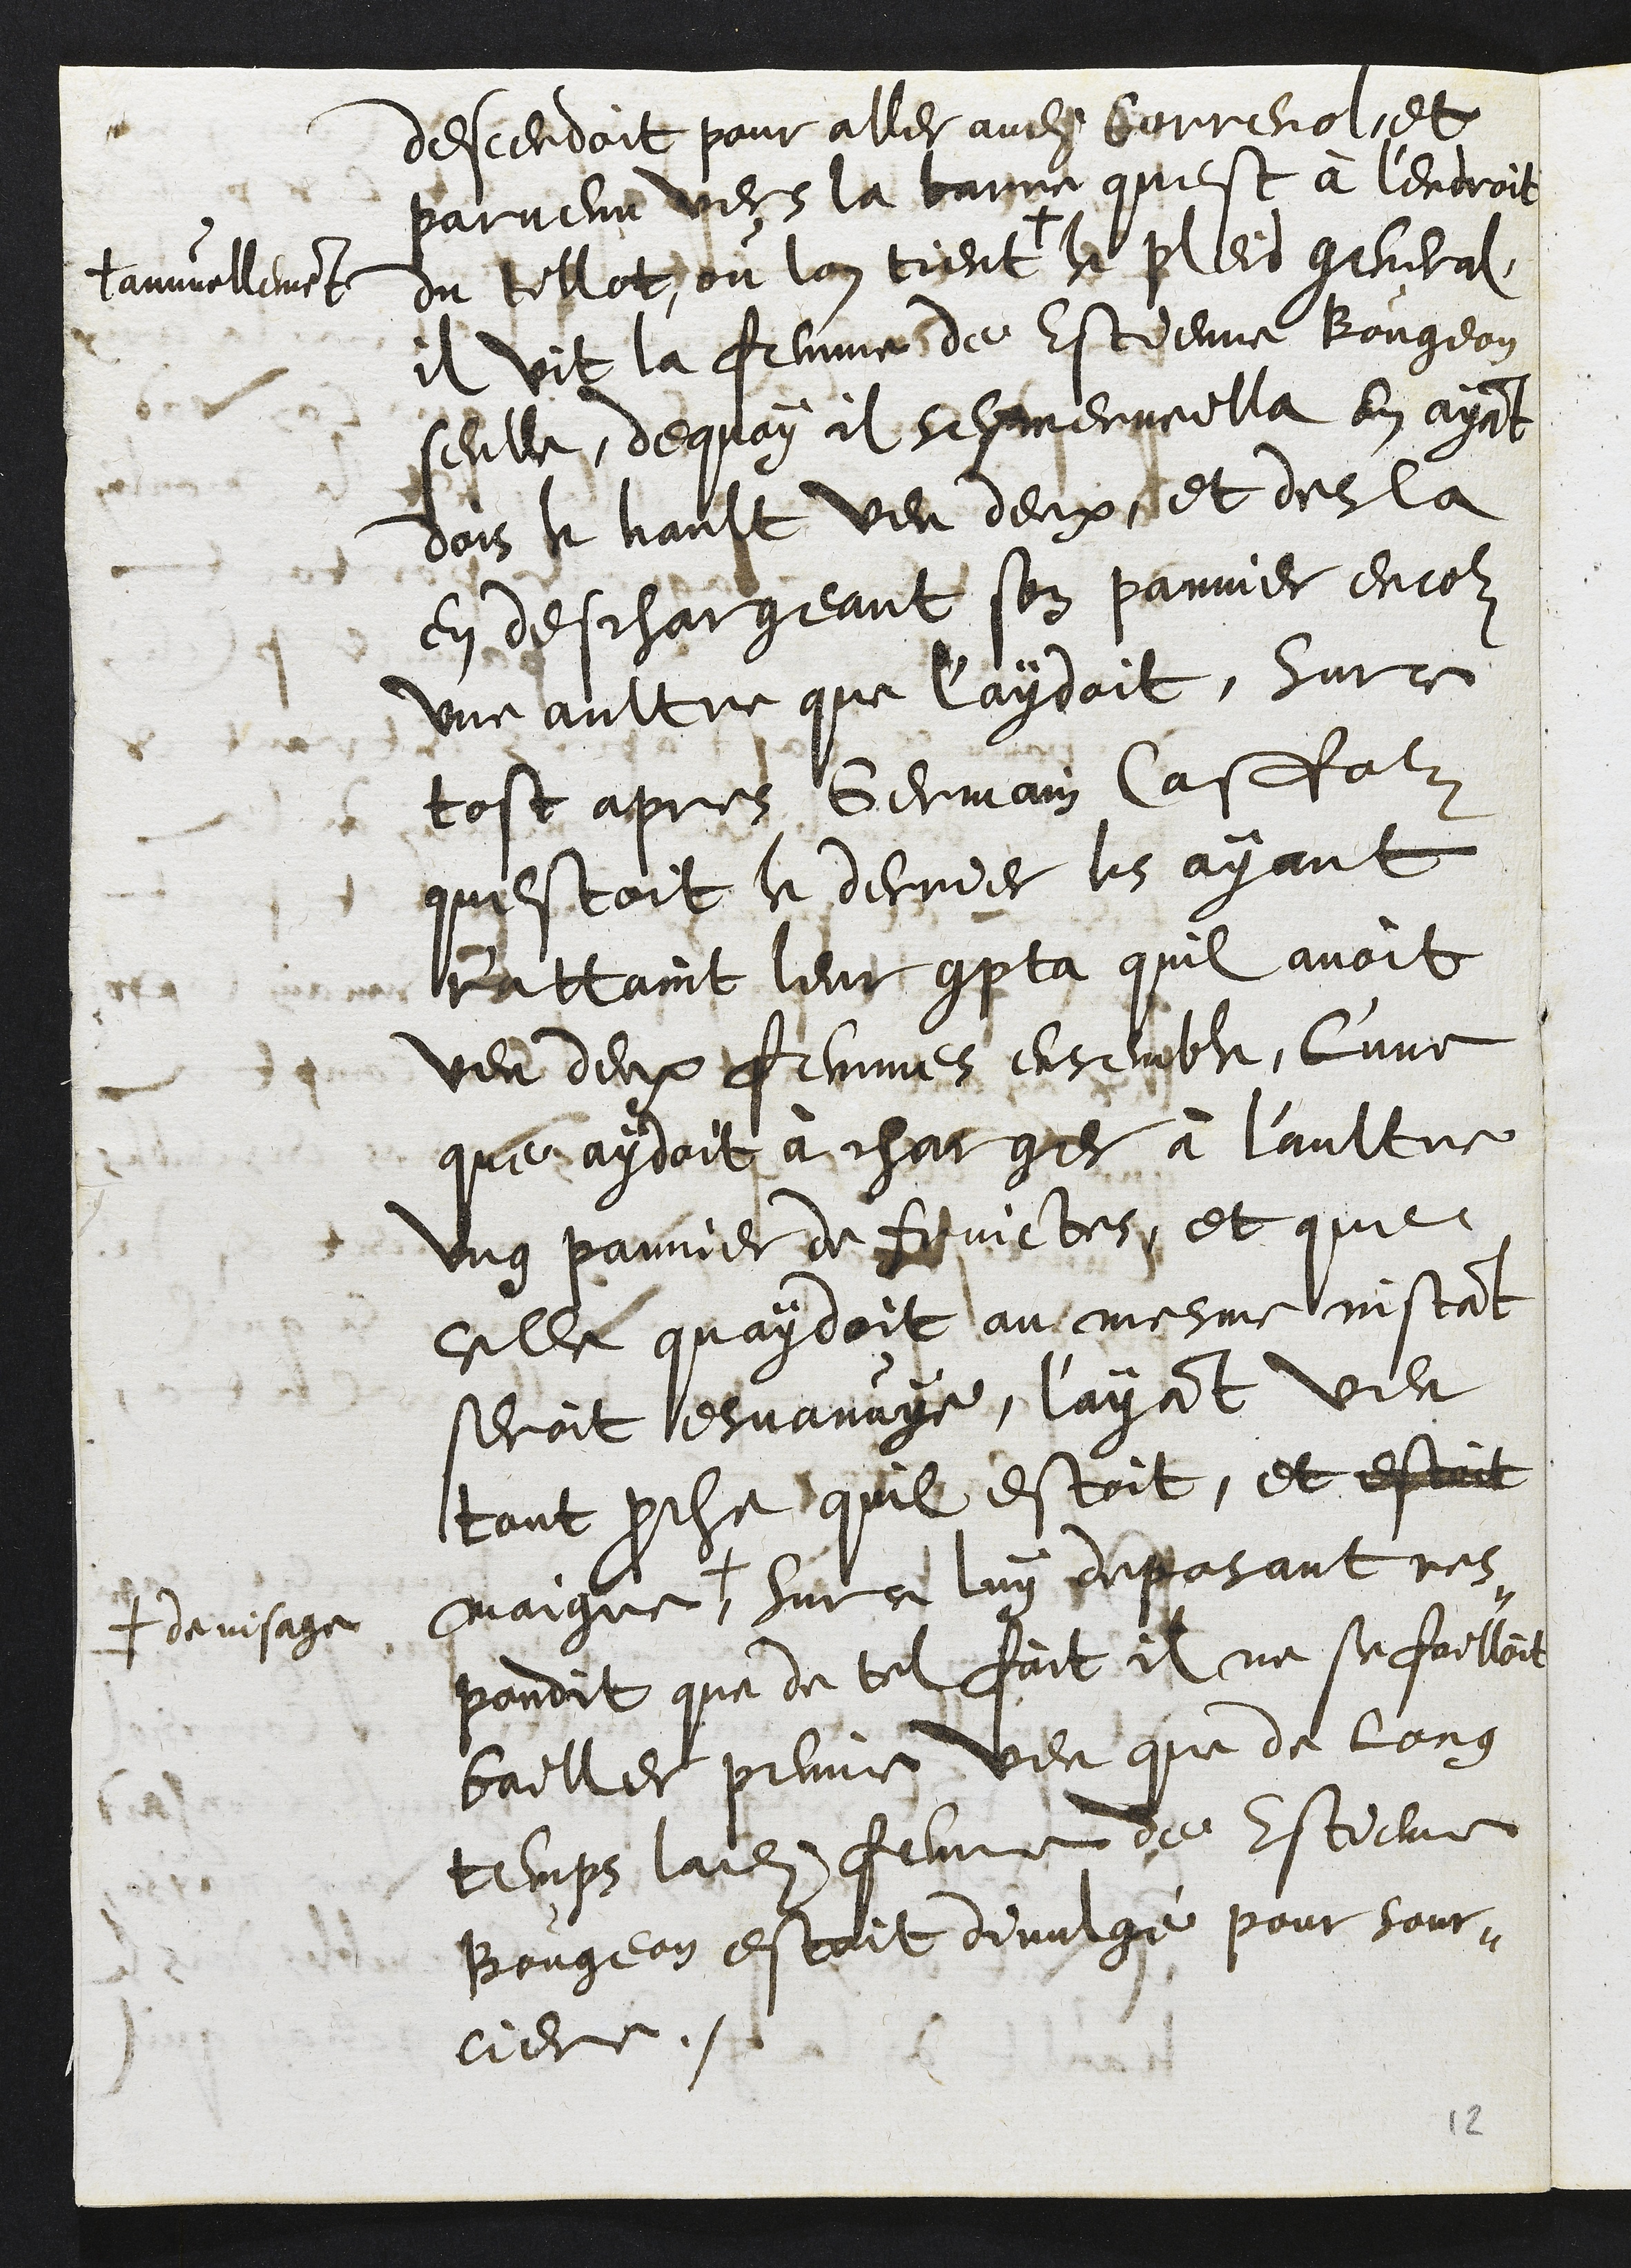
descendoit pour aller audit Correnol et
parvenu vers la barre quest à l'endroit
du tillot du lon tient +
+ annuellement
le pleid general,
il vit la femme de Estienne Bougeon
seulle, dequoy il sesmerveilla en ayant
dois le hault veu deux, et des la
en deschargeant son pannier encor
une aultre que l'aydoit, Surce
tost apres Germain Caffolz
questoit le derrier les ayant
r'attaint leur compta quil avoit
veu deux femmes ensemble, l'une
que aydoit à charger à l'aultre
ung pannier de fruictes, et que
celle quaydoit au mesme instant
seroit esvanuye, l'ayant veu
tout proche quil estoit, et estoit
maigre +
+ de visage
surce luy deposant res-
pondit que de tel fait il ne se failloit
bailler peine, veu que de long
temps ladite femme de Estiene
Bougeon estoit divulgé pour sour-
ciere.
12